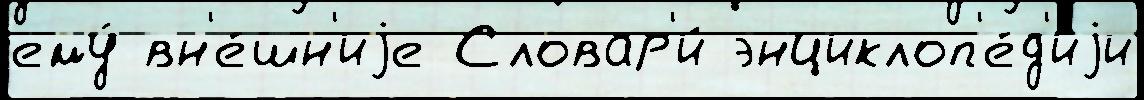
ему́ вн'е́шн'иjе Словар'и́ энциклоп'е́д'иjи